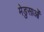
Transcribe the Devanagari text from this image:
मेडुसाओं